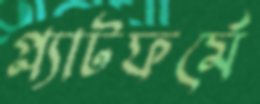
প্ল্যাটফর্মে